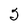
Character: 5